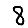
Digit: 8